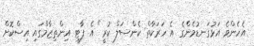
އެހެންވެ އަޅުގަނޑުމެންގެ އެ ހަރަކާތް ކެންސަލް ކުރީ" އެ ޕާޓީ އިންތިޒާމްގައި އިސްކޮށް